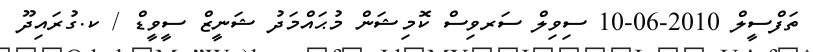
ތަފްސީލް 2010-06-10 ސިވިލް ސަރވިސް ކޮމިޝަން މުޙައްމަދު ޝަނީޒް ސީވީޑް / ކ.ގުރައިދޫ